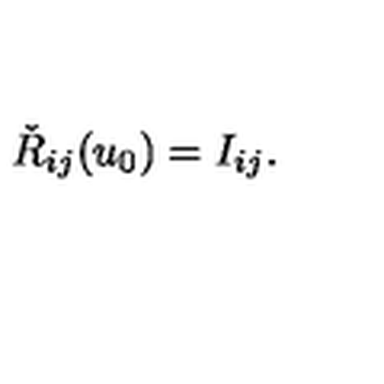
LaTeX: \check { R } _ { i j } ( u _ { 0 } ) = I _ { i j } .